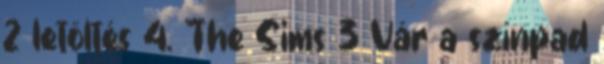
2 letöltés 4. The Sims 3 Vár a színpad